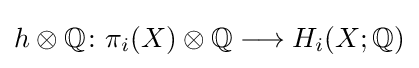
h\otimes \mathbb {Q} \colon \pi _{i}(X)\otimes \mathbb {Q} \longrightarrow H_{i}(X;\mathbb {Q} )